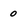
Character: o